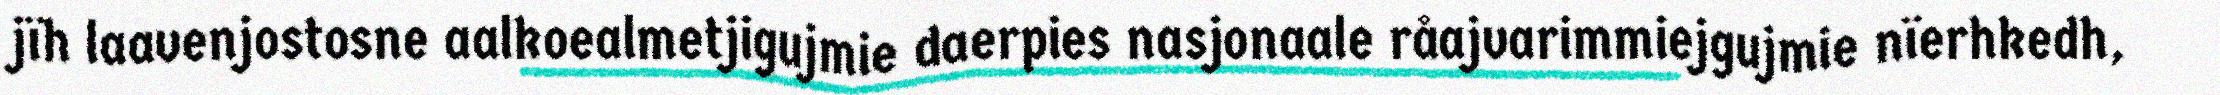
jïh laavenjostosne aalkoealmetjigujmie daerpies nasjonaale råajvarimmiejgujmie nïerhkedh,